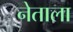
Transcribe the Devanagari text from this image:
नेताला